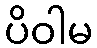
ပိဝါမ